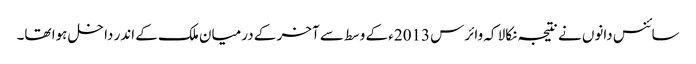
سائنس دانوں نے نتیجہ نکالا کہ وائرس 2013ء کے وسط سے آخر کے درمیان ملک کے اندر داخل ہوا تھا۔